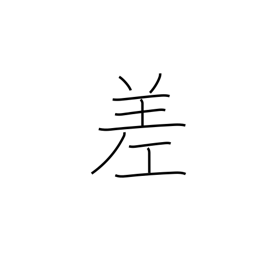
Meaning: variation